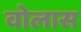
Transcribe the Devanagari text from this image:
वोलास